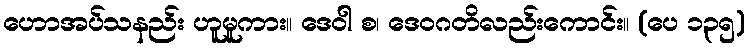
ဟောအပ်သနည်း ဟူမူကား။ ဒေဝါ စ၊ ဒေဝဂတိလည်းကောင်း။ (ပေ ၁၃၅)